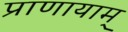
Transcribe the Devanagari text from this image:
प्राणायाम्